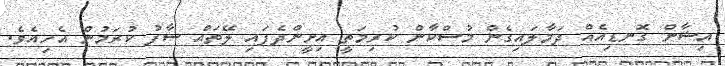
އިޝާން ގޮނޑިއެއް ދަމާލައިގެން މުސްކާން ކުރިމަތީ އިށީންދެފައި ލޭތައް ސާފު ކުރަމުން އެހިއެވެ.